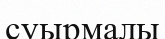
суырмалы